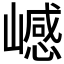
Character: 𰎺